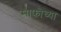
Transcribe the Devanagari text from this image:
साफोच्या